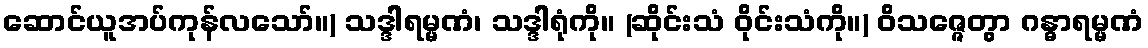
ဆောင်ယူအပ်ကုန်လသော်။) သဒ္ဒါရမ္မဏံ၊ သဒ္ဒါရုံကို။ (ဆိုင်းသံ ဝိုင်းသံကို။) ဝိသဇ္ဇေတွာ ဂန္ဓာရမ္မဏံ